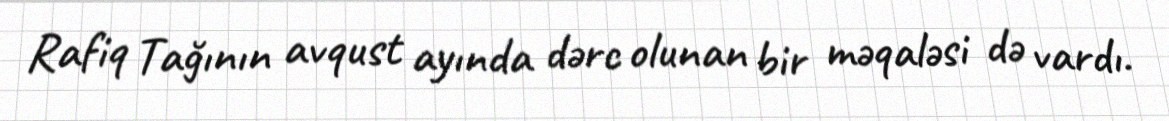
Rafiq Tağının avqust ayında dərc olunan bir məqaləsi də vardı.